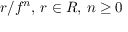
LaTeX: r / f ^ { n } , \, r \in R , \, n \geq 0